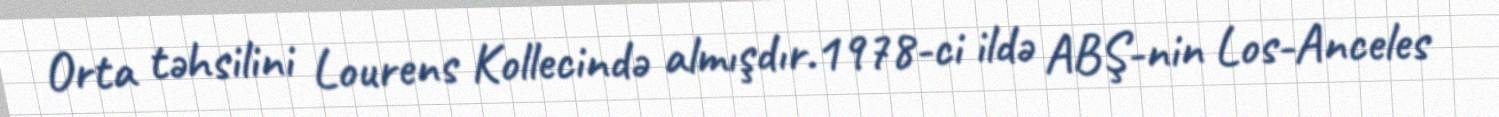
Orta təhsilini Lourens Kollecində almışdır.1978-ci ildə ABŞ-nin Los-Anceles